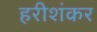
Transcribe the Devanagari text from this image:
हरीशंकर